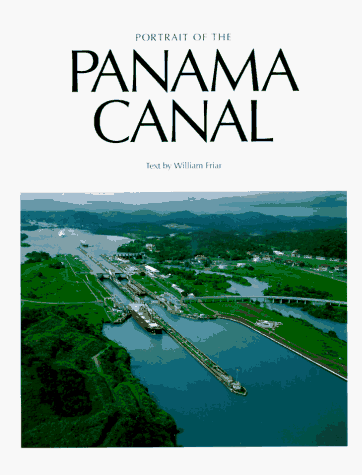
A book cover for Portrait of the Panama Canal; William Friar; Travel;